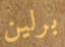
برلين